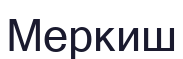
Меркиш